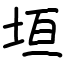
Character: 垣